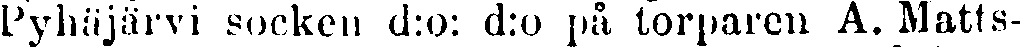
Pyhäjärvi socken d:o: d:o på torparen A. Matts-